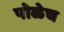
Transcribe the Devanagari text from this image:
पोळेच